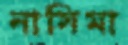
নাসিমা